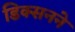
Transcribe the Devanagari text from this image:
डिक्सनने